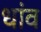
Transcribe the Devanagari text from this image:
धांव